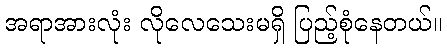
အရာအားလုံး လိုလေသေးမရှိ ပြည့်စုံနေတယ်။